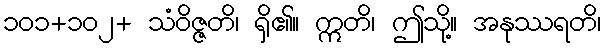
၁၀၁+၁၀၂+ သံဝိဇ္ဇတိ၊ ရှိ၏။ ဣတိ၊ ဤသို့။ အနုဿရတိ၊